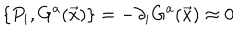
\{ P _ { i } , G ^ { a } ( \vec { x } ) \} = - \partial _ { i } G ^ { a } ( \vec { x } ) \approx 0